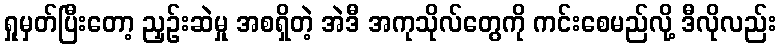
ရှုမှတ်ပြီးတော့ ညှဉ်းဆဲမှု အစရှိတဲ့ အဲဒီ အကုသိုလ်တွေကို ကင်းစေမည်လို့ ဒီလိုလည်း